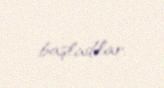
başladılar.